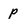
Character: p